Report on sanitation, dispensaries, and jails in Rajputana for 1911, and on vaccination for the year 1911-1912 - 1911-1912
Year: 1911
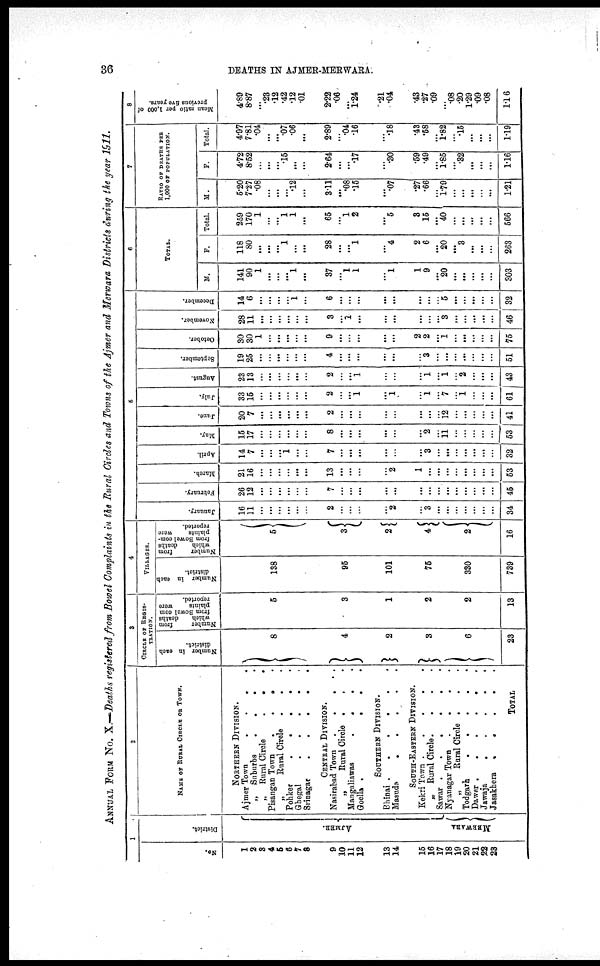
36
DEATHS IN AJMER-MERWARA.
ANNUAL FROM No. X.—Deaths registered from Bowel Complaints in the Rural Circles and Towns of the Ajmer and Merwara Districts during the year 1911.
1
No.
1
2
3
4
5
6
7
8
9
10
11
12
13
14
15
16
17
18
19
20
21
22
23
District.
AJMER
MERWARA
2
NAME OF RURAL CIRCLE OF TOWN.
NORTHERN DIVISION.
Ajmer Town
.
.
.
.
„ Suburbs
.
.
. .
„ Rural Circle
.
.
.
Pisangan Town
.
.
.
.
„
Rural Circle . . .
Pohker
.
.
.
. .
Ghegal
.
.
. . .
Srinagar. . . . .
CENTRAL DIVISION.
Nasirabad Town
.
.
.
.
„
Rural Circle . . .
Mangaliawas
.
. . .
Goella .
.
.
.
SOUTHERN DIVISION.
Bhinai .
.
.
.
.
.
Masuda
.
.
.
.
.
SOUTH-EASTERN DIVISION.
Kekri Town .
.
.
.
.
„ Rural Circle
. . .
Sawar .
.
.
.
.
.
Nyanagar Town .
.
.
.
„
Rural Circle . . .
Todgarh
.
.
.
.
.
Dawer .
.
.
.
.
.
Jawaja
.
.
.
.
.
Jasakhera .
.
.
. .
TOTAL
3
CIRCLE OF REGIS-
-------.
Number in each
district.
8
4
2
3
6
23
Number
from
which
deaths
from Bowel com¬
plaints
were
reported.
5
3
1
2
2
13
4
VILLAGES.
Number in each
district.
138
96
101
75
330
739
Number
from
which
deaths
from Bowel com-
plaints
were
reported.
5
3
2
4
2
16
6
January.
16
11
...
...
...
...
...
...
2
...
...
...
...
2
...
3
...
...
...
...
...
...
...
34
February.
26
12
...
...
...
...
...
...
7
...
...
...
...
...
...
...
...
...
...
...
...
...
...
45
March.
21
16
...
...
...
...
...
...
13
...
...
...
...
2
1
...
...
...
...
...
...
...
...
53
April.
14
7
...
...
...
1
...
...
7
...
...
...
...
...
...
3
...
...
...
...
...
...
...
32
May.
15
17
...
...
...
...
...
...
8
...
...
...
...
...
...
2
...
11
...
...
...
...
...
53
June.
20
7
...
...
...
...
...
...
2
...
...
...
...
...
...
...
...
12
...
...
...
...
...
41
July.
33
15
...
...
...
...
...
...
2
...
...
1
...
1
...
1
...
7
...
1
...
...
...
61
August.
23
13
...
...
...
...
...
...
2
...
...
1
...
...
...
1
...
1
...
2
...
...
...
43
September.
19
25
...
...
...
...
...
...
4
...
...
...
...
...
...
3
...
...
...
...
...
...
...
51
October.
30
30
1
...
...
...
...
...
9
...
...
...
...
...
2
2
...
1
...
...
...
...
...
75
November.
28
11
...
...
...
...
...
...
3
...
1
...
...
...
...
...
...
3
...
...
...
...
...
46
December.
14
6
...
...
...
...
1
...
6
...
...
...
...
...
...
...
...
5
...
...
...
...
...
32
6
TOTAL.
M.
141
90
1
...
...
...
1
...
37
...
1
1
...
1
1
9
...
20
...
...
...
...
...
303
F.
118
80
...
...
...
1
...
...
28
...
...
1
...
4
2
6
...
20
...
3
...
...
...
263
Total.
259
170
1
...
...
1
1
...
65
...
1
2
...
5
3
15
...
40
...
...
...
...
...
566
7
RATIO OF DEATHS PER
1,000 OF POPULATION.
M.
5.20
7.27
.08
...
...
...
.12
...
3.11
...
.08
.15
...
.07
.27
.66
...
1.79
...
...
...
...
...
1.21
F.
4.72
8.52
...
...
...
.15
...
...
2.64
...
...
.17
...
.30
.59
.49
...
1.85
...
.32
...
...
...
1.16
Total.
4.97
7.81
.04
...
...
.07
.06
...
2.89
...
.04
.16
...
.18
.43
.58
...
1.82
...
.15
...
...
...
1.19
8
Mean ratio per 1,000 of
previous five years.
4.89
8.87
...
.23
.12
.42
.12
.01
2.22
.06
...
1.24
.21
.04
.43
.27
.09
...
.08
.20
1.29
.09
.08
1.16